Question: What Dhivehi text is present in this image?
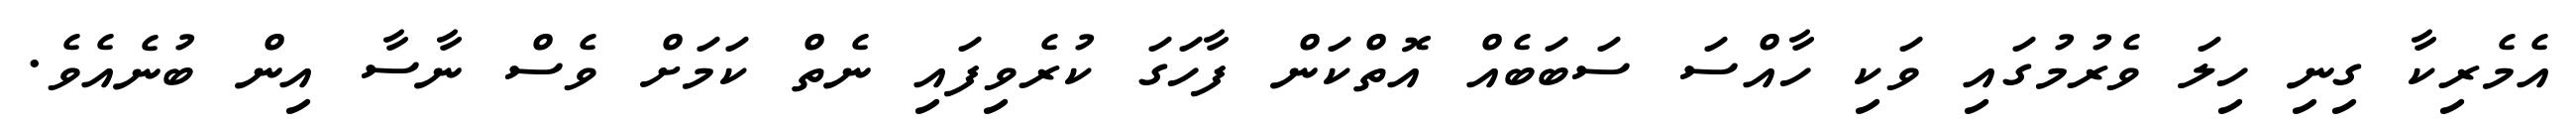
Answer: އެމެރިކާ ގިނި ހިލަ ވެރުމުގައި ވަކި ހާއްސަ ސަބަބެއް އޮތްކަން ފާހަގަ ކުރެވިފައި ނެތް ކަމަށް ވެސް ނާސާ އިން ބުނެއެވެ.